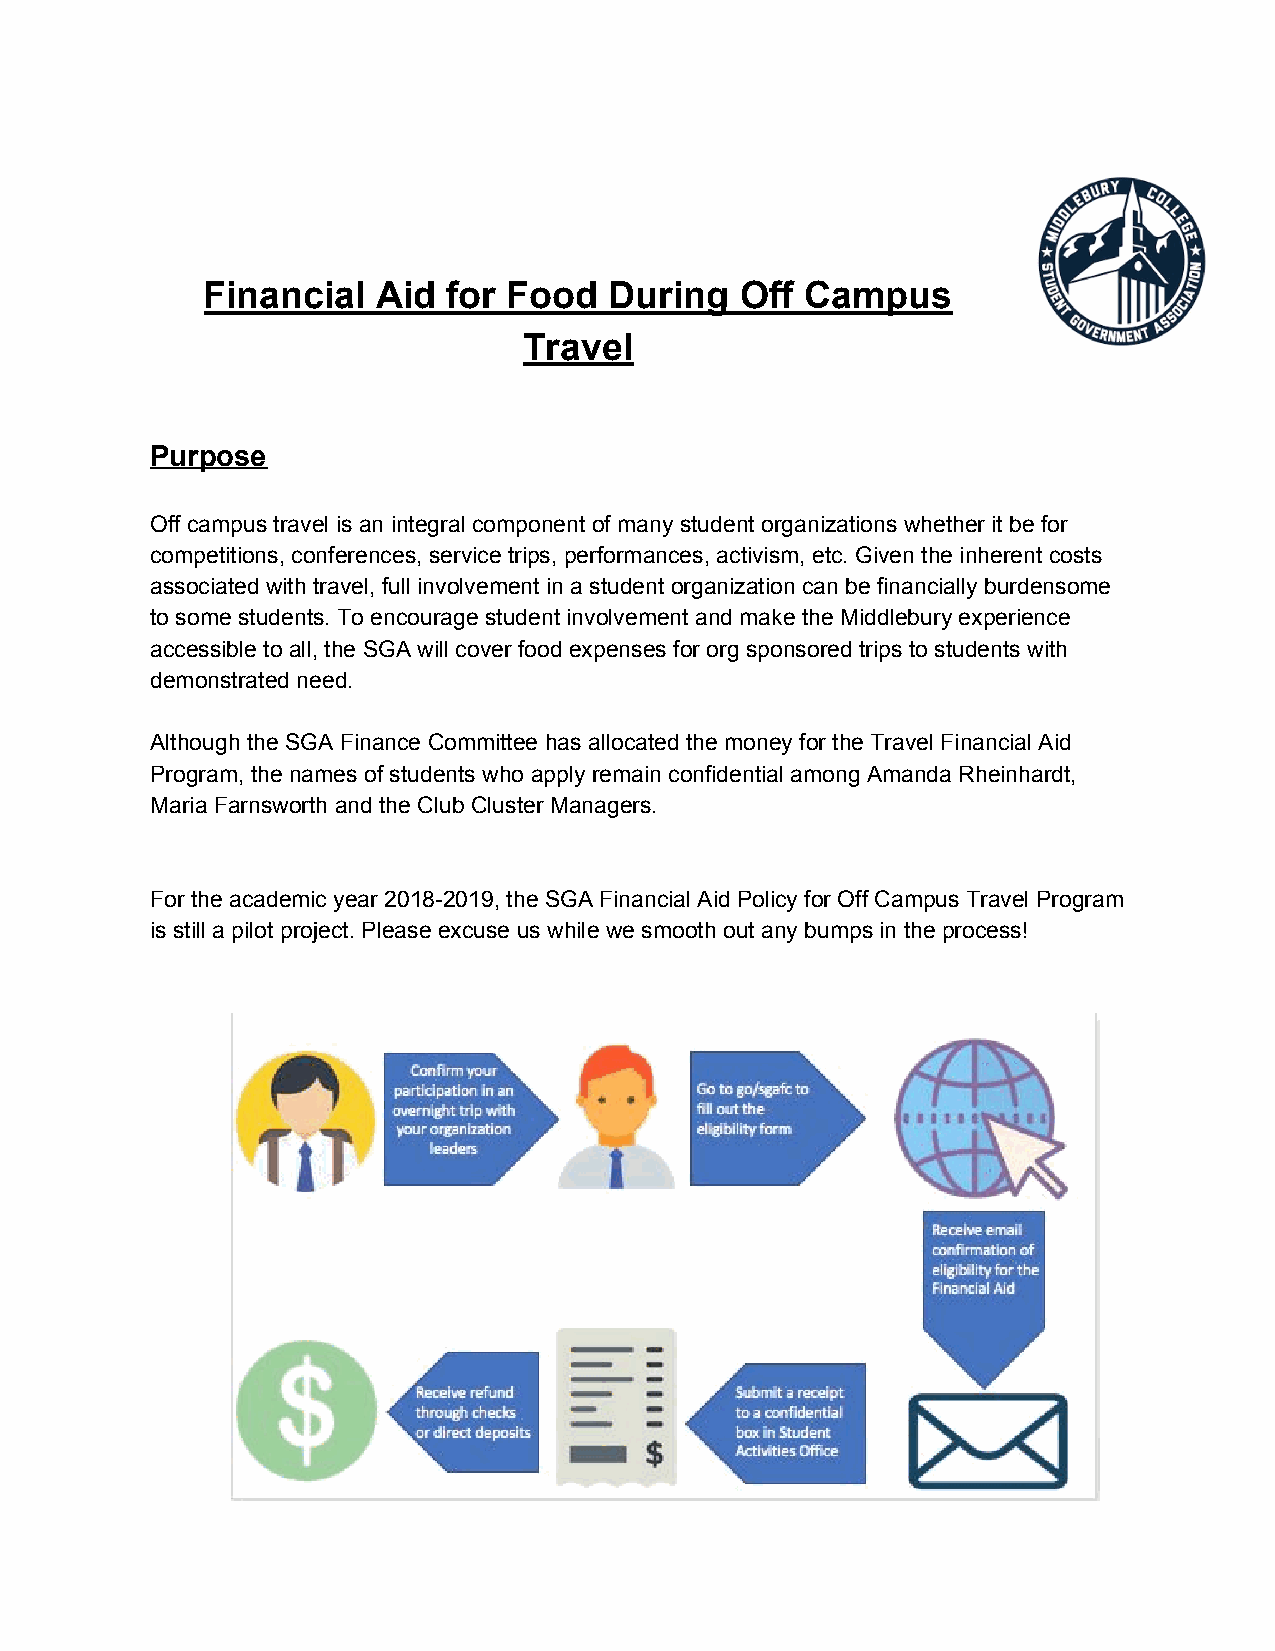
Financial   Aid  for Food  During   Off Campus
 Travel
 Purpose
 Off campus travel is an integral component of many student organizations whether it be for
 competitions, conferences, service trips, performances, activism, etc. Given the inherent costs
 associated with travel, full involvement in a student organization can be financially burdensome
 to some students. To encourage student involvement and make the Middlebury experience
 accessible to all, the SGA will cover food expenses for org sponsored trips to students with
 demonstrated need.
 Although the SGA Finance Committee has allocated the money for the Travel Financial Aid
 Program, the names of students who apply remain confidential among Amanda Rheinhardt,
 Maria Farnsworth and the Club Cluster Managers.
 For the academic year 2018-2019, the SGA Financial Aid Policy for Off Campus Travel Program
 is still a pilot project. Please excuse us while we smooth out any bumps in the process!